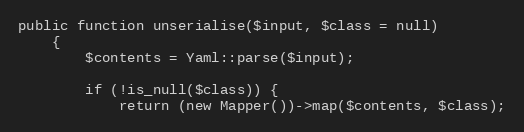
Language: PHP
public function unserialise($input, $class = null)
    {
        $contents = Yaml::parse($input);

        if (!is_null($class)) {
            return (new Mapper())->map($contents, $class);